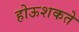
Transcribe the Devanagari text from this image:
होऊशकते